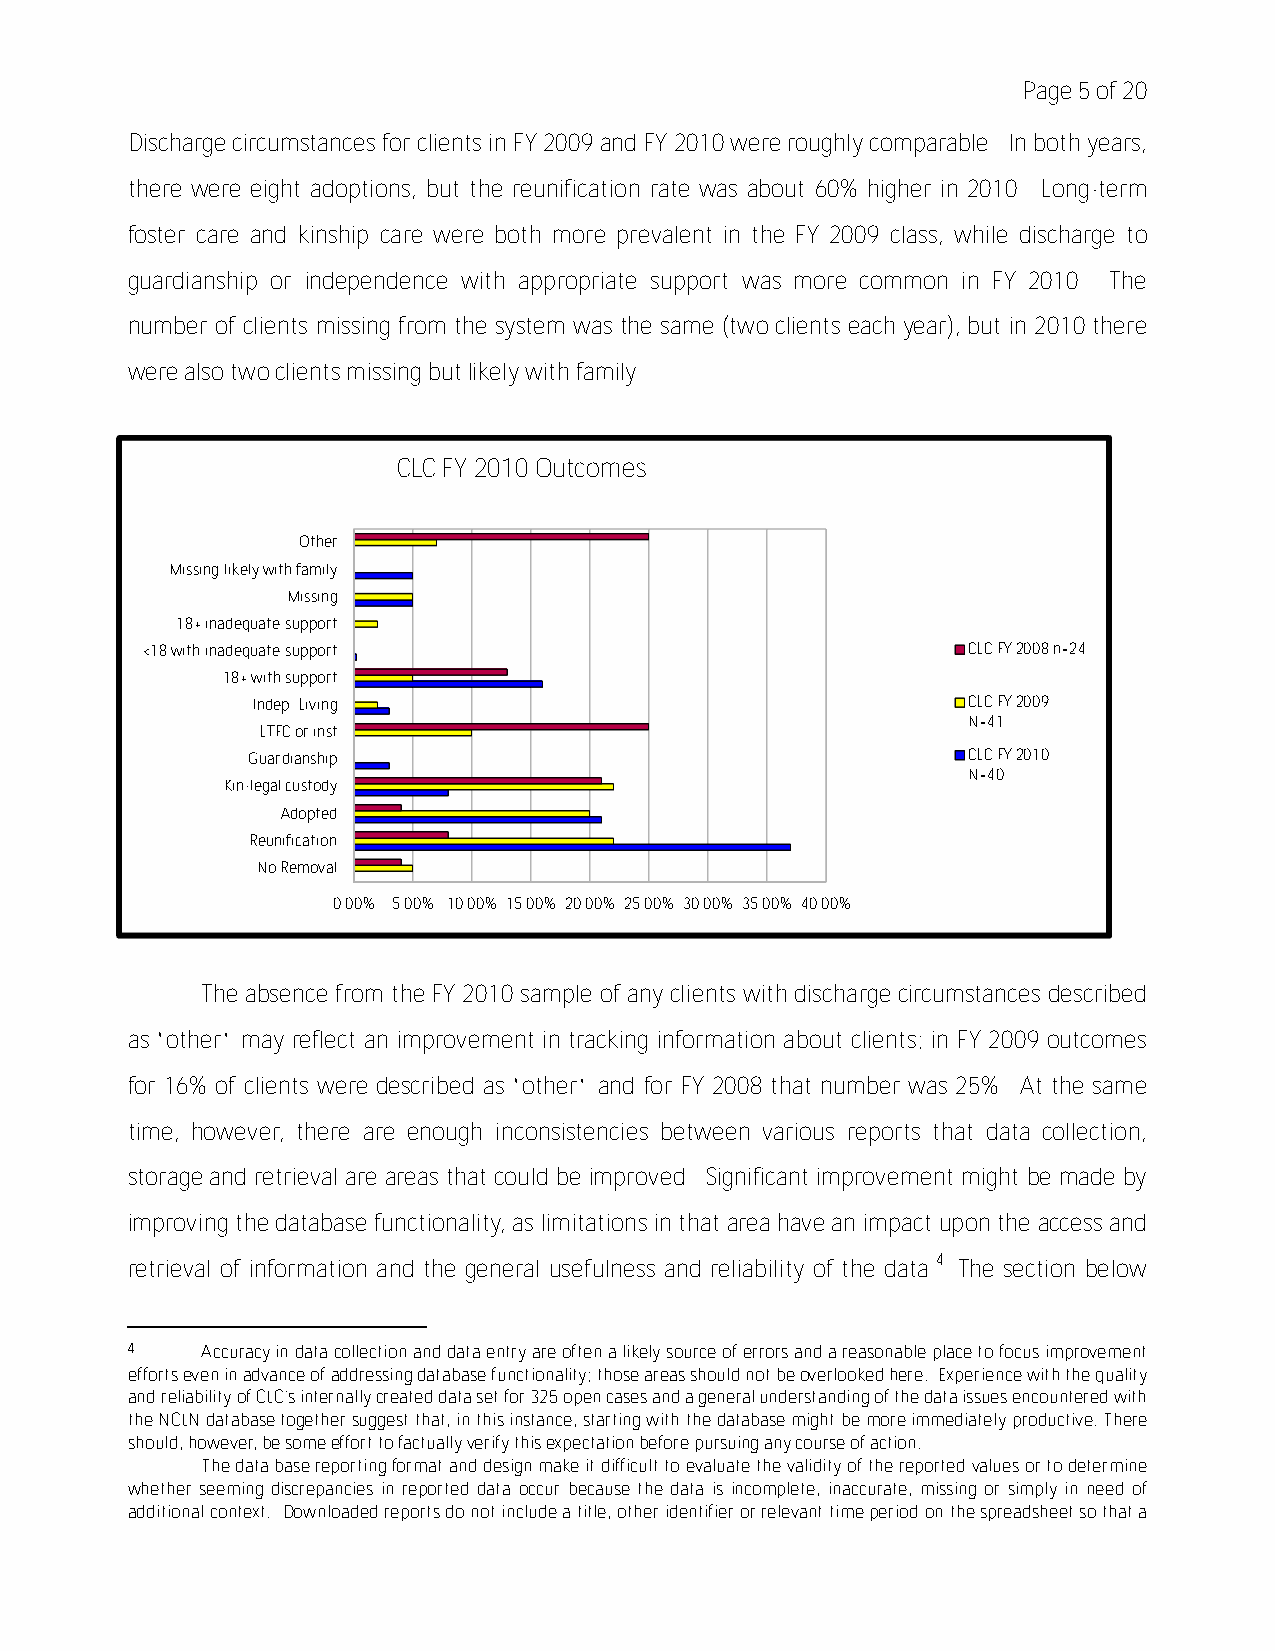
Page 5 of 20
 Discharge circumstances for clients in FY 2009 and FY 2010 were roughly comparable. In both years,
 there were eight adoptions, but the reunification rate was about 60% higher in 2010. Long-term
 foster care and kinship care were both more prevalent in the FY 2009 class, while discharge to
 guardianship or independence with appropriate support was more common in FY 2010. The
 number of clients missing from the system was the same (two clients each year), but in 2010 there
 were also two clients missing but likely with family.
 CLC FY 2010 Outcomes
 Other
 Missing;likely with family
 Missing
 18+ inadequate support
 <18 with inadequate support                            CLC FY 2008 n=24
 18+ with support
 Indep. Living                                  CLC FY 2009
 N=41
 LTFC or inst
 Guardianship                                    CLC FY 2010
 N=40
 Kin-legal custody
 Adopted
 Reunification
 No Removal
 0.00% 5.00% 10.00% 15.00% 20.00% 25.00% 30.00% 35.00% 40.00%
 The absence from the FY 2010 sample of any clients with discharge circumstances described
 as “other” may reflect an improvement in tracking information about clients; in FY 2009 outcomes
 for 16% of clients were described as “other” and for FY 2008 that number was 25%. At the same
 time, however, there are enough inconsistencies between various reports that data collection,
 storage and retrieval are areas that could be improved. Significant improvement might be made by
 improving the database functionality, as limitations in that area have an impact upon the access and
 retrieval of information and the general usefulness and reliability of the data.4 The section below
 4    Accuracy in data collection and data entry are often a likely source of errors and a reasonable place to focus improvement
 efforts even in advance of addressing database functionality; those areas should not be overlooked here. Experience with the quality
 and reliability of CLC's internally created data set for 325 open cases and a general understanding of the data issues encountered with
 the NCLN database together suggest that, in this instance, starting with the database might be more immediately productive. There
 should, however, be some effort to factually verify this expectation before pursuing any course of action.
 The data base reporting format and design make it difficult to evaluate the validity of the reported values or to determine
 whether seeming discrepancies in reported data occur because the data is incomplete, inaccurate, missing or simply in need of
 additional context. Downloaded reports do not include a title, other identifier or relevant time period on the spreadsheet so that a